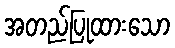
အတည်ပြုထားသော